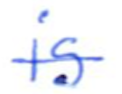
Text: is
Cross-out: single-line
Writing tool: ballpoint